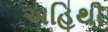
અહિથી